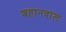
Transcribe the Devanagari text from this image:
शहानवाल